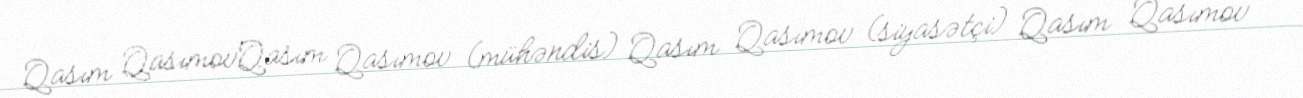
Qasım QasımovQasım Qasımov (mühəndis) Qasım Qasımov (siyasətçi) Qasım Qasımov